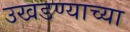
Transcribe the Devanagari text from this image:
उखडण्याच्या